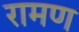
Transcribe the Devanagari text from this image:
रामण